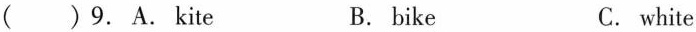
( )9.A. Kite B. bike C. white